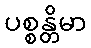
ပစ္စန္တိမာ